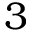
3